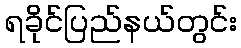
ရခိုင်ပြည်နယ်တွင်း